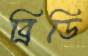
ব্রিডি